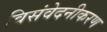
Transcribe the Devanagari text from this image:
विसंवेदनीकरण